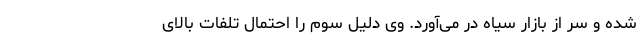
شده و سر از بازار سیاه در می‌آورد. وی دلیل سوم را احتمال تلفات بالای